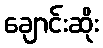
ချောင်းဆိုး